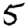
Digit: 5